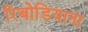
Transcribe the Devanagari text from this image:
रिबोडियाना